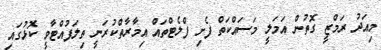
މިއަދު ރަމްޒީ ގޮތުން އަމަލީ މަސައްކަތް ފެށި ފްލެޓްތައް އިމާރާތްކުރަނީ ތިލަފުއްޓާވީ ކޮޅުގައި